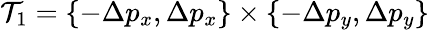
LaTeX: \mathcal{T}_{1}=\{ -\Delta p_{x},\Delta p_{x}\} \times\{ -\Delta p_{y},\Delta p_{y}\}